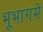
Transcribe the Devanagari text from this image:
भूभागमे